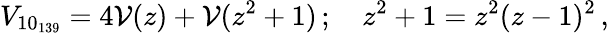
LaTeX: V_{10_{139}}=4{\cal V}(z)+{\cal V}(z^{2}+1)\, ;\quad z^{2}+1=z^{2}(z-1)^{2}\, ,